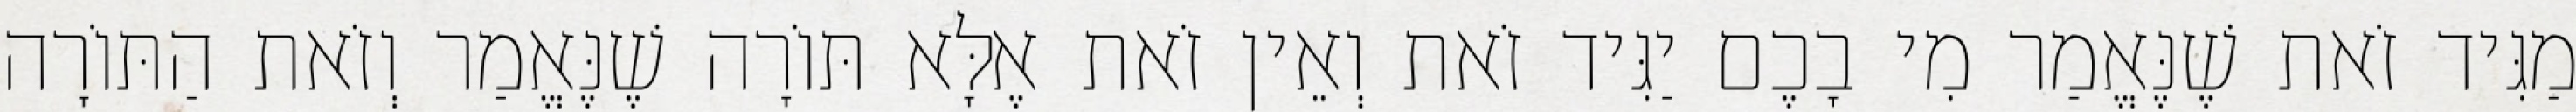
מַגִּיד זֹאת שֶׁנֶּאֱמַר מִי בָכֶם יַגִּיד זֹאת וְאֵין זֹאת אֶלָּא תּוֹרָה שֶׁנֶּאֱמַר וְזֹאת הַתּוֹרָה